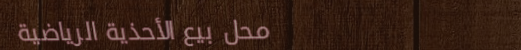
محل بيع الأحذية الرياضية